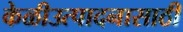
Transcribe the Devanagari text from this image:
केळीउत्पादनासाठी